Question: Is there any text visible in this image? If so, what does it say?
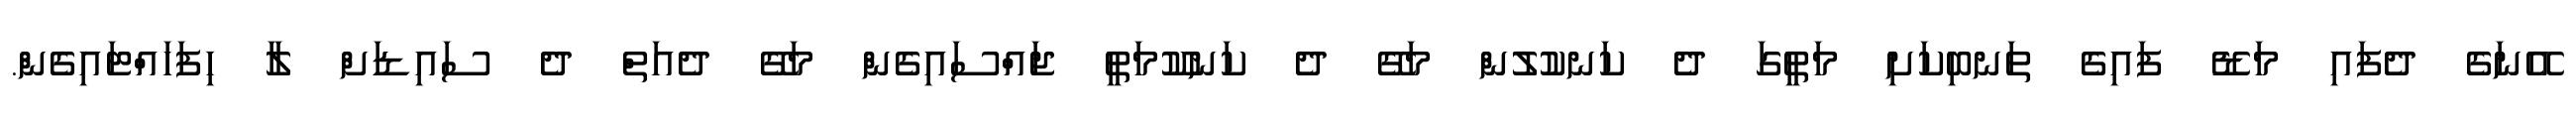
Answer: އޭނަގެ ދެފައި މަޑޭ ފައިގެ ތަނބިކަށި މަތީގަ ދެ ކަނކުލުން މަގޭ ދެ ކަނކޫމަތީ ޖައްސައިގެން މަގޭ ދެއަތް ދެ ސައިޑަށް ލާ ހިފަހައްޓައިގެން.